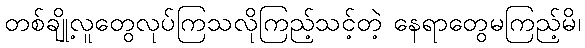
တစ်ချို့လူတွေလုပ်ကြသလိုကြည့်သင့်တဲ့ နေရာတွေမကြည့်မိ၊